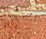
فوضوي